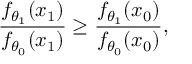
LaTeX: { \frac { f _ { \theta _ { 1 } } ( x _ { 1 } ) } { f _ { \theta _ { 0 } } ( x _ { 1 } ) } } \geq { \frac { f _ { \theta _ { 1 } } ( x _ { 0 } ) } { f _ { \theta _ { 0 } } ( x _ { 0 } ) } } ,